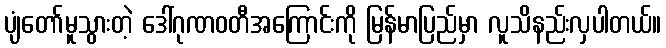
ပျံတော်မူသွားတဲ့ ဒေါ်ဂုဏဝတီအကြောင်းကို မြန်မာပြည်မှာ လူသိနည်းလှပါတယ်။